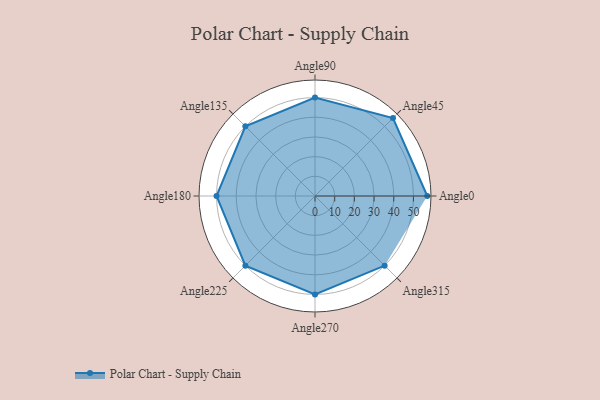
{"axis": {"x": "Angle", "y": "Radius"}, "legend": [""], "data": [{"x": "Angle0", "y": 57.0, "type": ""}, {"x": "Angle45", "y": 56.0, "type": ""}, {"x": "Angle90", "y": 50, "type": ""}, {"x": "Angle135", "y": 50, "type": ""}, {"x": "Angle180", "y": 50, "type": ""}, {"x": "Angle225", "y": 50, "type": ""}, {"x": "Angle270", "y": 50, "type": ""}, {"x": "Angle315", "y": 50, "type": ""}]}